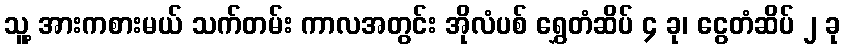
သူ့ အားကစားမယ် သက်တမ်း ကာလအတွင်း အိုလံပစ် ရွှေတံဆိပ် ၄ ခု၊ ငွေတံဆိပ် ၂ ခု